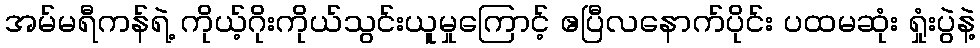
အမ်မရီကန်ရဲ့ ကိုယ့်ဂိုးကိုယ်သွင်းယူမှုကြောင့် ဧပြီလနောက်ပိုင်း ပထမဆုံး ရှုံးပွဲနဲ့